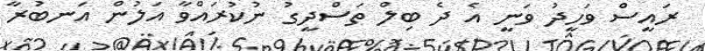
ރައީސް ވަހީދު ވަނީ އެ ދެ ބިލް ތަސްދީގު ނުކުރައްވާ އަލުން އަނބުރާ